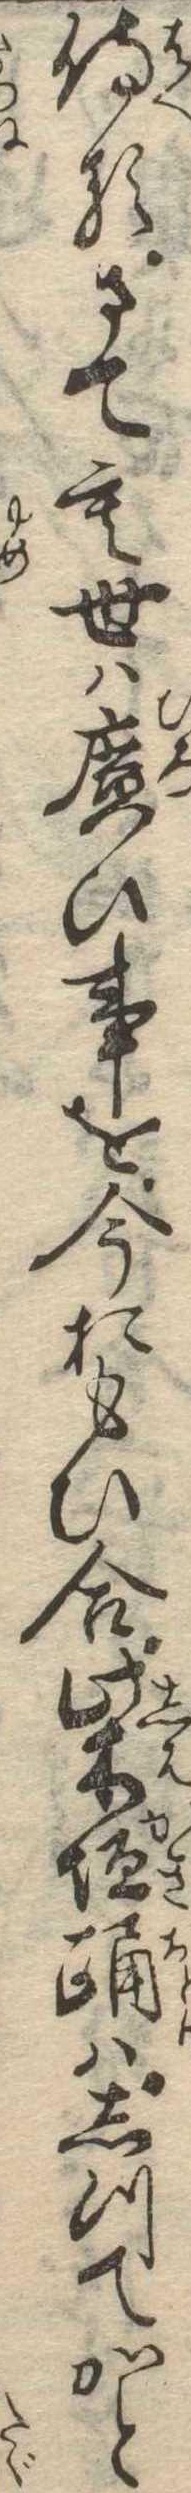
侍るさても世は広ひ事を今おもひ合柴垣踊はしつてかと